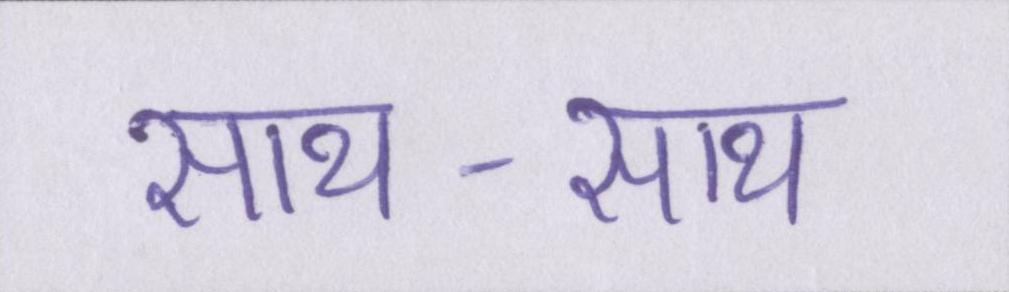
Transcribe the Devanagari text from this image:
साथ-साथ